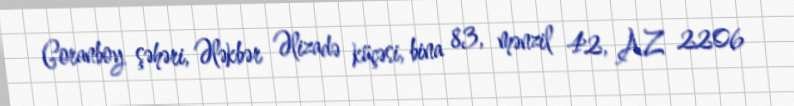
Goranboy şəhəri, Ələkbər Əlizadə küçəsi, bina 83, mənzil 42, AZ 2206